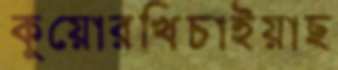
কুয়োরখিচাইয়াছ